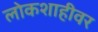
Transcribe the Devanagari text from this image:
लोकशाहीवर